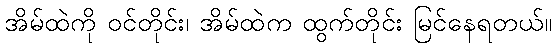
အိမ်ထဲကို ဝင်တိုင်း၊ အိမ်ထဲက ထွက်တိုင်း မြင်နေရတယ်။